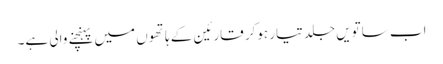
اب ساتویں جلد تیار ہوکر قارئین کے ہاتھوں میں پہنچنے والی ہے۔